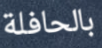
بالحافلة